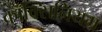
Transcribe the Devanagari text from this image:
कॉक्सिनियम